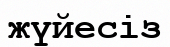
жүйесіз